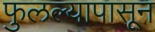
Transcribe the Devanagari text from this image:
फुलल्यापासून